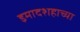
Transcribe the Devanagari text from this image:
इमादशहाच्या